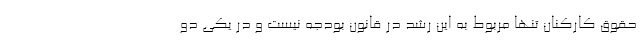
حقوق کارکنان تنها مربوط به این رشد در قانون بودجه نیست و در یکی دو